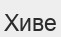
Хиве